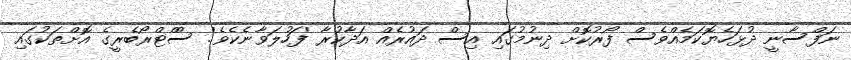
ނަފްސާނީ ދުޅަހެޔޮކަމެއްވެސް ފޯރުކޮށް ދިނުމުގައި އިސް ދައުރެއް އަދާކުރާ 'ފަހުލަވާނެކެވެ'. ސްްޓްރޯބެރީގެ އޮށްތަކުގައި